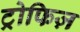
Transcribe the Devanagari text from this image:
ट्रोफिज़